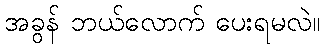
အခွန် ဘယ်လောက် ပေးရမလဲ။